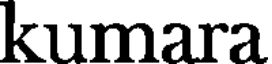
kumara